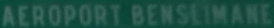
AEROPORT BENSLIMANE